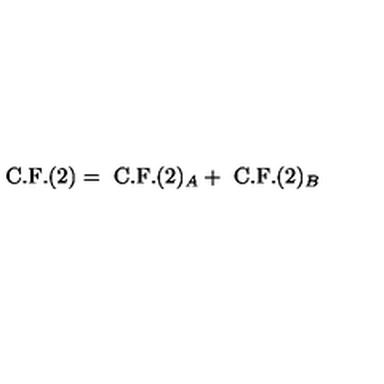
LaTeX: \mathrm { C . F . } ( 2 ) = \ \mathrm { C . F . } ( 2 ) _ { A } + \ \mathrm { C . F . } ( 2 ) _ { B }